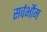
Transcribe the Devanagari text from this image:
सर्वर्भौम